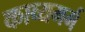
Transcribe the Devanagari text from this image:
काव्यमर्म